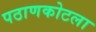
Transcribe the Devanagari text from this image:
पठाणकोटला